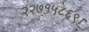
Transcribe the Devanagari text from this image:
२२७१५८६९।